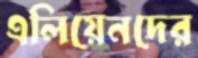
এলিয়েনদের